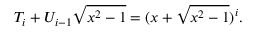
T _ { i } + U _ { i - 1 } { \sqrt { x ^ { 2 } - 1 } } = ( x + { \sqrt { x ^ { 2 } - 1 } } ) ^ { i } .